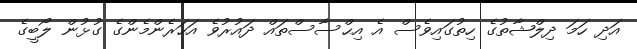
އަދި ހަމަ ދިލްޝާތުގެ ހިތުގައިވެސް އެ އިޙްސާސްތައް ދައުރުވެ އަހަރެންމެންގެ ގުޅުން ލޯބީގެ